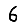
Digit: 6